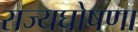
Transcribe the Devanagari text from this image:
राज्यघोषणा